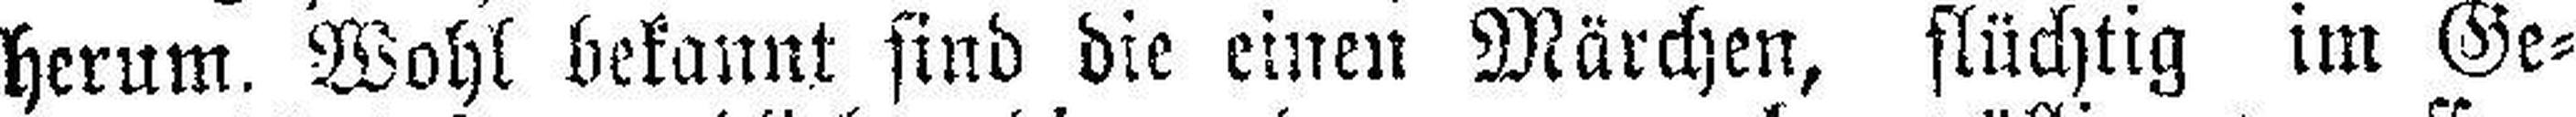
herum. Wohl bekannt sind die einen Märchen, flüchtig im Ge¬